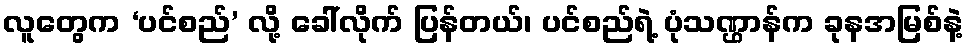
လူတွေက ‘ပင်စည်’ လို့ ခေါ်လိုက် ပြန်တယ်၊ ပင်စည်ရဲ့ ပုံသဏ္ဌာန်က ခုနအမြစ်နဲ့